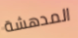
المدهشة